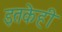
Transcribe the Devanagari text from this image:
इतकेही